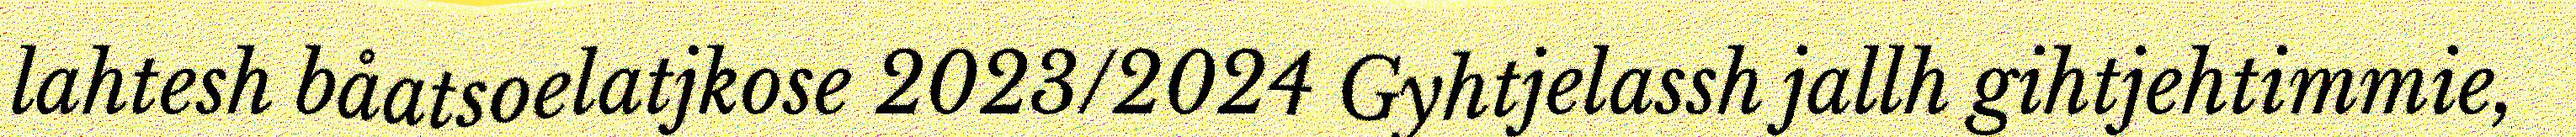
lahtesh båatsoelatjkose 2023/2024 Gyhtjelassh jallh gihtjehtimmie,